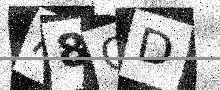
Text: A8CD